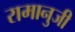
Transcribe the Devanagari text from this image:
रामानुजी